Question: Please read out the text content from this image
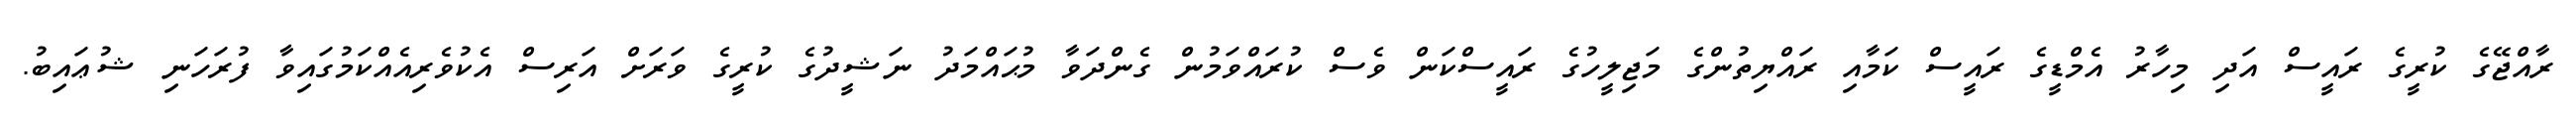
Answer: ރާއްޖޭގެ ކުރީގެ ރައީސް އަދި މިހާރު އެމްޑީގެ ރައީސް ކަމާއި ރައްޔިތުންގެ މަޖިލީހުގެ ރައީސްކަން ވެސް ކުރައްވަމުން ގެންދަވާ މުޙައްމަދު ނަޝީދުގެ ކުރީގެ ވަރަށް އަރިސް އެކުވެރިއެއްކަމުގައިވާ ފުރަހަނި ޝުޢައިބު.